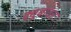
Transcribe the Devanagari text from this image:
क्युबावर